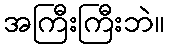
အကြီးကြီးဘဲ။